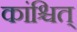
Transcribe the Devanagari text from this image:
कांश्चित्